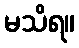
မသိရ။